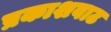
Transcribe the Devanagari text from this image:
प्रकाशवाट